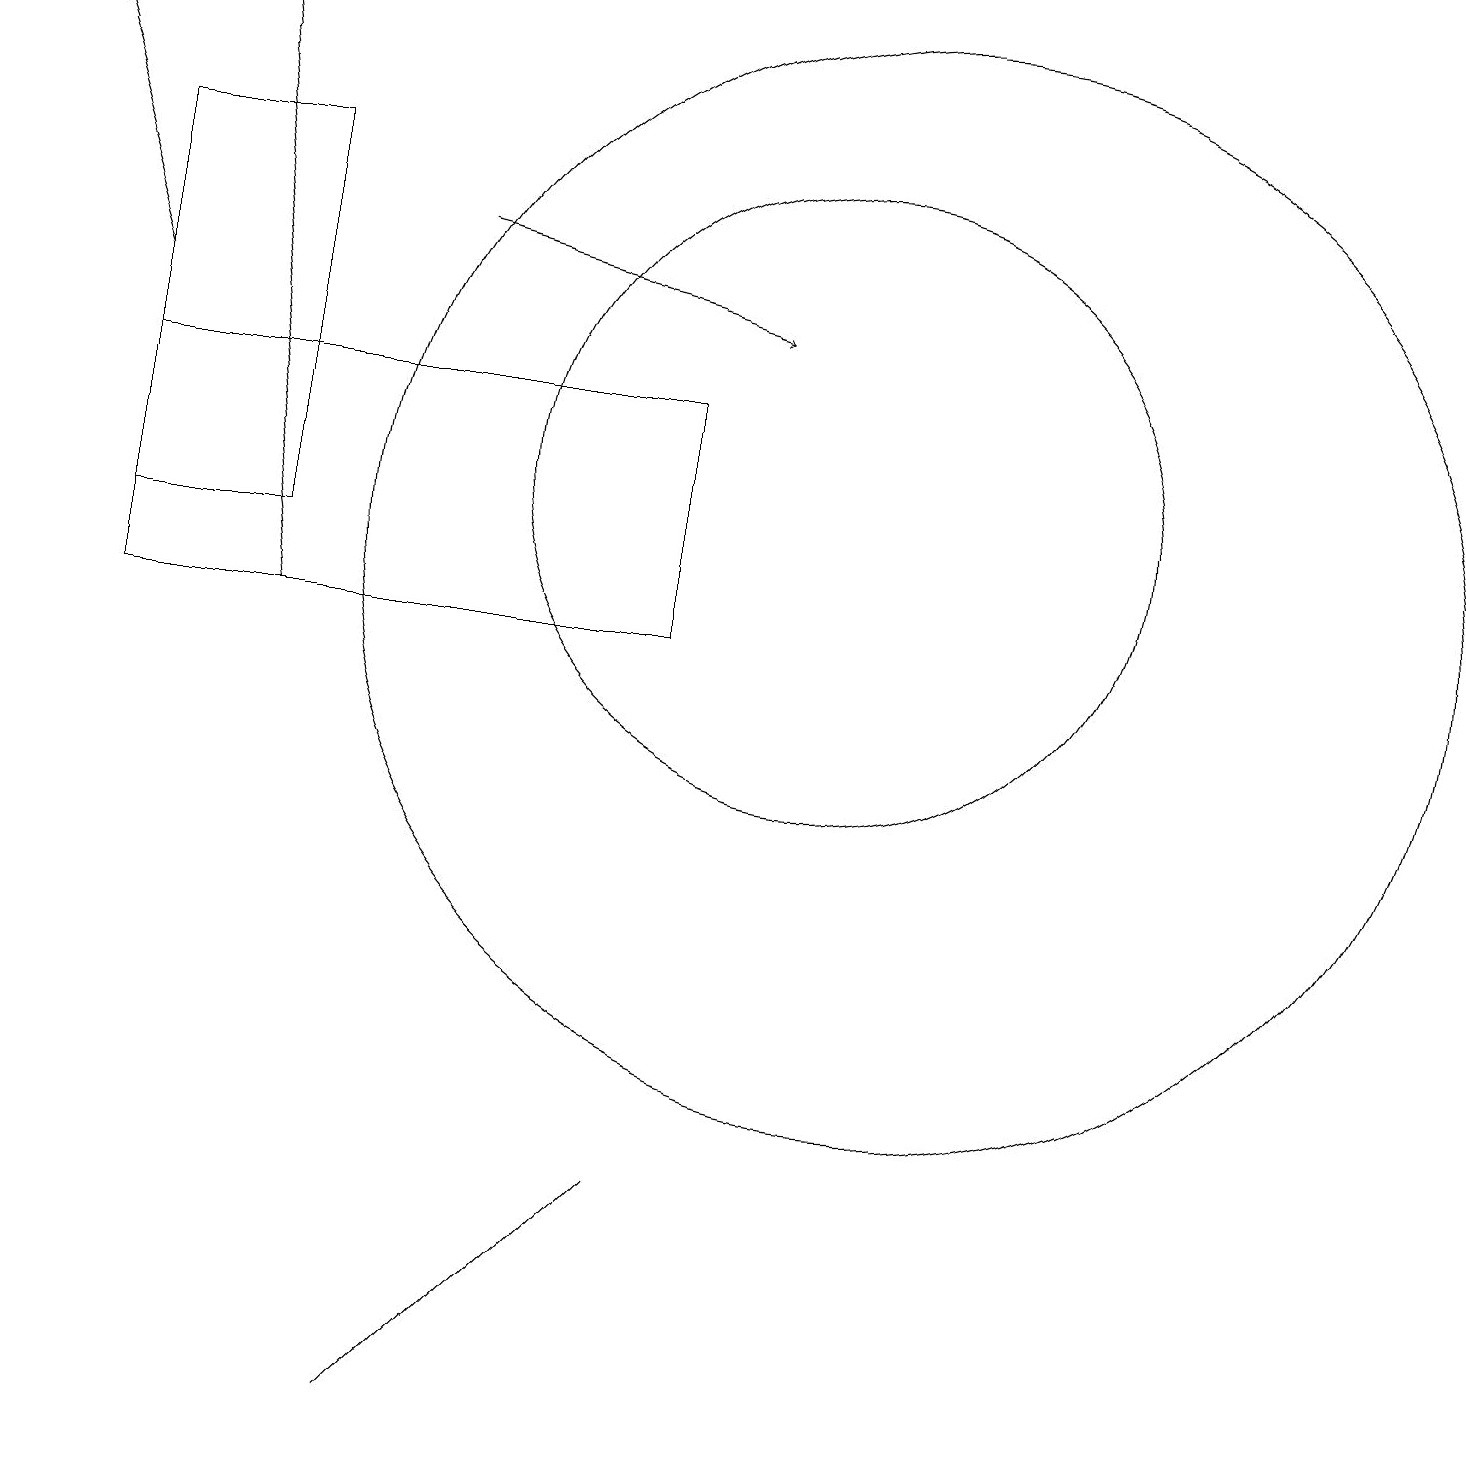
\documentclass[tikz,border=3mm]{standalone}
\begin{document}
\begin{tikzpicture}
\draw (8,13) rectangle (1,10);
\draw (11,11) circle (7);
\draw (3,11) rectangle (1,16);
\draw (10,12) circle (4);
\draw (6,1) -- (8,3) -- (5,0) -- cycle;
\draw[->] (5,15) -- (9,14);
\draw[->] (3,10) -- (2,18);
\draw[->] (1,14) -- (0,17);
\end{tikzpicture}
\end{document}